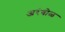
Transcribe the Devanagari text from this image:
अरंबोळ